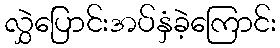
လွှဲပြောင်းအပ်နှံခဲ့ကြောင်း